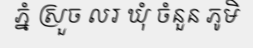
ភ្នំ ស្រួច លរ ឃុំ ចំនួន ភូមិ